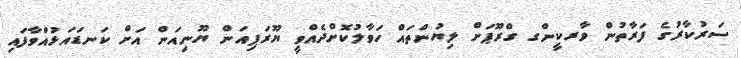
ސަރުކާރުގެ ފަރާތުން ވާރކީންގ ގްރޫޕަށް ލިޔުންތައް ހަވާލުކޮށްދެއްވީ ޔޫރަޕިއަން ޔޫނިއަން އަށް ކަނޑައަޅުއްވާފައި